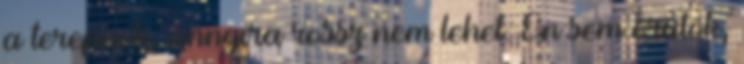
a terepnek, annyira rossz nem lehet. Én sem örülök,